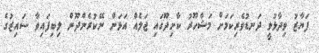
ފަޔާޒު ވިދާޅުވީ ދަނޑުވެރިކަމަށް މަޝްހޫރު ކާށިދޫގައި ޖަލެއް އަޅަން ނޭކުރެންދޫން ލިބިފައިވާ ސައިޒުގެ